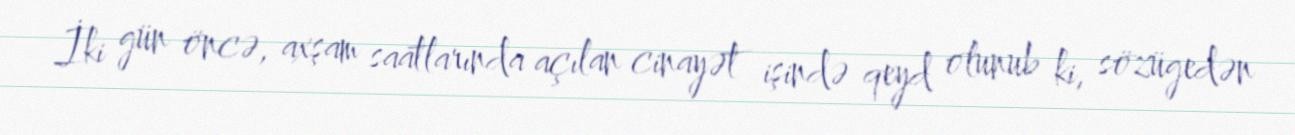
İki gün öncə, axşam saatlarında açılan cinayət işində qeyd olunub ki, sözügedən